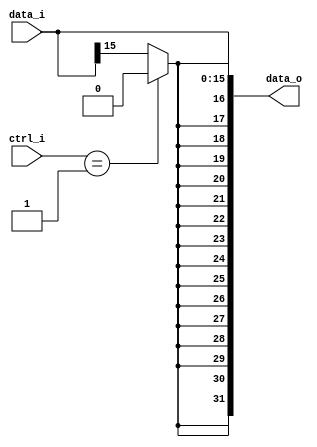

module Sign_Extend(
    data_i,
    data_o,
	ctrl_i
    );

//I/O ports
input   [16-1:0] data_i;
output  [32-1:0] data_o;
input   [4-1:0]  ctrl_i;
//Internal Signals

reg     [32-1:0] data_o;

//Sign extended

always @(*)begin
	if( ctrl_i==4'b0001)begin
		data_o[31] <= 0;
		data_o[30] <= 0;
		data_o[29] <= 0;
		data_o[28] <= 0;
		data_o[27] <= 0;
		data_o[26] <= 0;
		data_o[25] <= 0;
		data_o[24] <= 0;
		data_o[23] <= 0;
		data_o[22] <= 0;
		data_o[21] <= 0;
		data_o[20] <= 0;
		data_o[19] <= 0;
		data_o[18] <= 0;
		data_o[17] <= 0;
		data_o[16] <= 0;
		data_o[15] <= data_i[15];
		data_o[14] <= data_i[14];
		data_o[13] <= data_i[13];
		data_o[12] <= data_i[12];
		data_o[11] <= data_i[11];
		data_o[10] <= data_i[10];
		data_o[9] <= data_i[9];
		data_o[8] <= data_i[8];
		data_o[7] <= data_i[7];
		data_o[6] <= data_i[6];
		data_o[5] <= data_i[5];
		data_o[4] <= data_i[4];
		data_o[3] <= data_i[3];
		data_o[2] <= data_i[2];
		data_o[1] <= data_i[1];
		data_o[0] <= data_i[0];
	end
	else begin
		data_o[31] <= data_i[15];
		data_o[30] <= data_i[15];
		data_o[29] <= data_i[15];
		data_o[28] <= data_i[15];
		data_o[27] <= data_i[15];
		data_o[26] <= data_i[15];
		data_o[25] <= data_i[15];
		data_o[24] <= data_i[15];
		data_o[23] <= data_i[15];
		data_o[22] <= data_i[15];
		data_o[21] <= data_i[15];
		data_o[20] <= data_i[15];
		data_o[19] <= data_i[15];
		data_o[18] <= data_i[15];
		data_o[17] <= data_i[15];
		data_o[16] <= data_i[15];
		data_o[15] <= data_i[15];
		data_o[14] <= data_i[14];
		data_o[13] <= data_i[13];
		data_o[12] <= data_i[12];
		data_o[11] <= data_i[11];
		data_o[10] <= data_i[10];
		data_o[9] <= data_i[9];
		data_o[8] <= data_i[8];
		data_o[7] <= data_i[7];
		data_o[6] <= data_i[6];
		data_o[5] <= data_i[5];
		data_o[4] <= data_i[4];
		data_o[3] <= data_i[3];
		data_o[2] <= data_i[2];
		data_o[1] <= data_i[1];
		data_o[0] <= data_i[0];
	end
end

endmodule